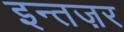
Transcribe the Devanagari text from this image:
इन्तज़र